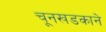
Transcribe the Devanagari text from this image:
चूनखडकाने